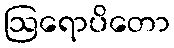
ဩရောပိတော